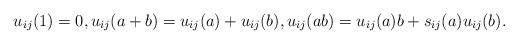
LaTeX: \begin{gather*}u_{ij}(1)=0, u_{ij}(a+b)=u_{ij}(a)+u_{ij}(b),u_{ij}(a b)=u_{ij}(a) b+s_{ij}(a) u_{ij}(b).\end{gather*}